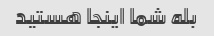
بله شما اینجا هستید